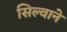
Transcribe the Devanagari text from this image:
सिल्वाने